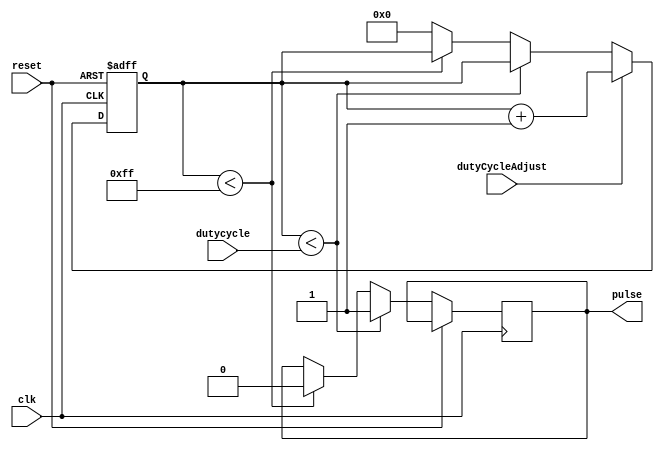
module DutyCyclePulseGenerator (
  input clk,
  input reset,
  input dutyCycleAdjust,
  input [7:0] dutycycle,
  output reg pulse
);

reg [7:0] counter;
reg pulse_active;

always @(posedge clk or posedge reset) begin
  if (reset) begin
    counter <= 8'b00000000;
    pulse_active <= 1'b0;
  end else begin
    if (counter < dutycycle) begin
      pulse <= 1'b1;
      pulse_active <= 1'b1;
    end else if (counter < 255) begin
      pulse <= 1'b0;
      pulse_active <= 1'b0;
    end else begin
      counter <= 8'b00000000;
    end

    if (dutyCycleAdjust) begin
      counter <= counter + 1;
    end
  end
end

endmodule